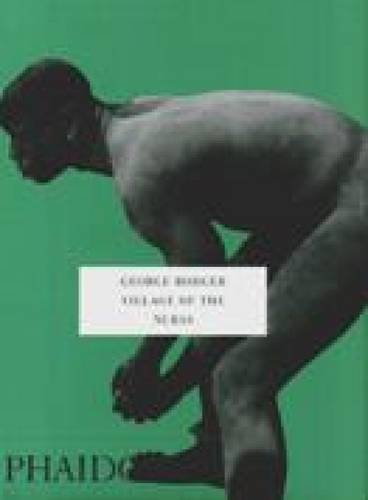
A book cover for Village of the Nubas (Contemporary Artists (Phaidon)); George Rodger; Travel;